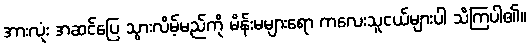
အားလုံး အဆင်ပြေ သွားလိမ့်မည်ကို မိန်းမများရော ကလေးသူငယ်များပါ သိကြပါ၏။